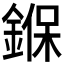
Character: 𨩚